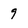
Character: 9